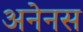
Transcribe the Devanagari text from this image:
अनेनस